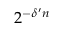
2 ^ { - \delta ^ { \prime } n }